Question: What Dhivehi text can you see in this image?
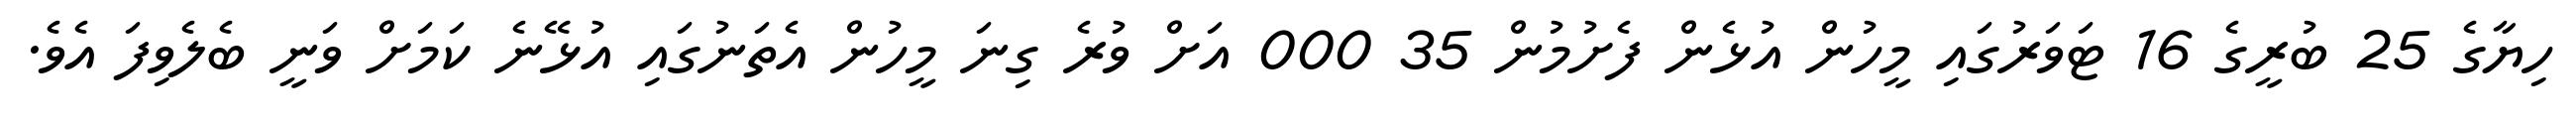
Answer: ހިޔާގެ 25 ބުރީގެ 16 ޓަވަރުގައި މީހުން އުޅެން ފެށުމުން 35 000 އަށް ވުރެ ގިނަ މީހުން އެތަނުގައި އުޅޭނެ ކަމަށް ވަނީ ބެލެވިފަ އެވެ.